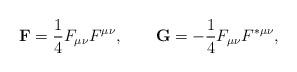
LaTeX: \begin{align*}{\bf F}=\frac{1}{4}F\sb{\mu\nu}F\sp{\mu\nu}, \qquad{\bf G}=-\frac{1}{4}F\sb{\mu\nu}F\sp{\ast\mu\nu},\end{align*}